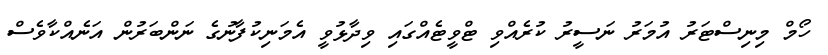
ހޯމް މިނިސްޓަރު އުމަރު ނަސީރު ކުރެއްވި ޓްވީޓެއްގައި ވިދާޅުވީ އެމަނިކުފާނުގެ ނަންބަރުން އަނެއްކާވެސް